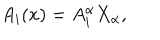
LaTeX: A _ { i } ( x ) = A _ { i } ^ { \alpha } X _ { \alpha } ,